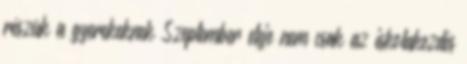
részük a gyerekeknek Szeptember eleje nem csak az iskolakezdés